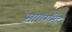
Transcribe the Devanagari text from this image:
सायरसिंह